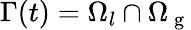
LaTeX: \Gamma(t)=\Omega_{l}\cap\Omega_{\mathrm{~g~}}